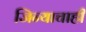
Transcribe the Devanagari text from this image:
जिन्याचाही